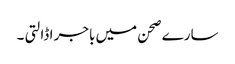
سارے صحن میں باجر ا ڈالتی ۔